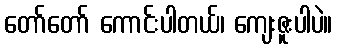
တော်တော် ကောင်းပါတယ်၊ ကျေးဇူးပါပဲ။